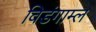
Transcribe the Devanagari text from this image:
विडंगाम्ल